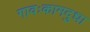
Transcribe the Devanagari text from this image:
गावःकामदुधा